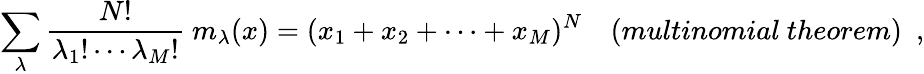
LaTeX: \sum_{\lambda}\frac{N!}{{\lambda_{1}}!\cdots{\lambda_{M}}!}~m_{\lambda}(x)=(x_{1}+x_{2}+\cdots+x_{M})^{N}~~~~(multinomial~theorem)\, \, \, ,